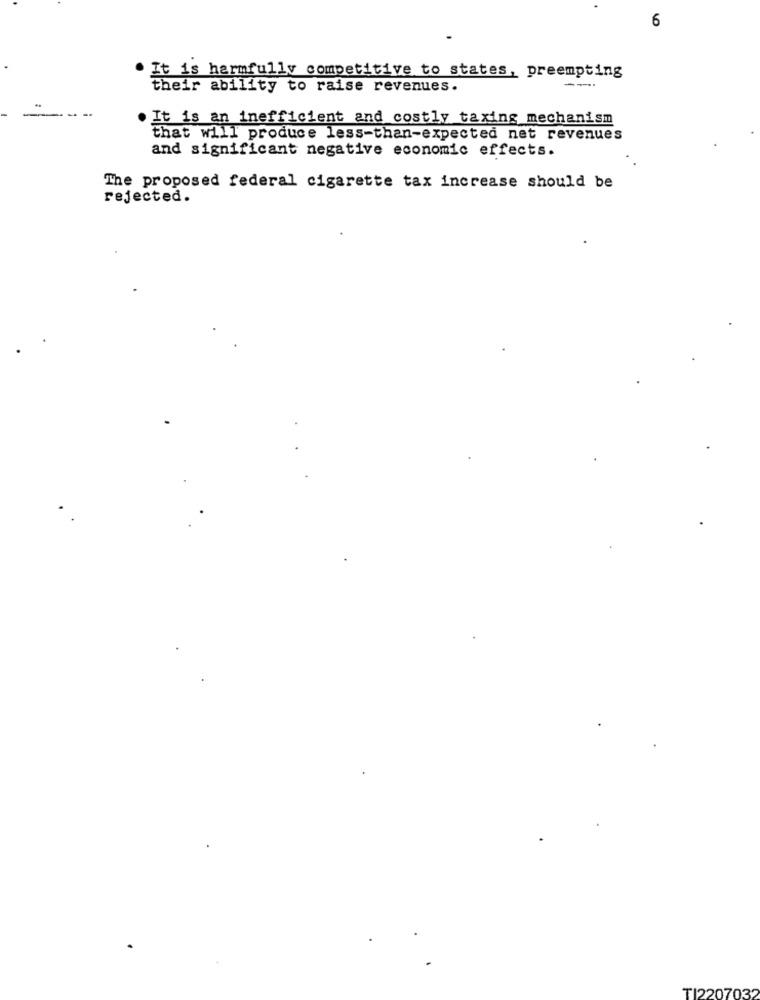
6
It is harmfully competitive to states, preempting
---
their ability to raise revenues.
. It is an inefficient and costly taxing mechanism
that will produce less-than-expected net revenues
and significant negative economic effects.
The proposed federal cigarette tax increase should be
rejected.
TI2207032